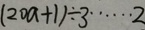
( 2 0 a + 1 ) \div 3 \cdots 2